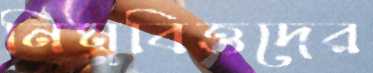
নিম্নবিত্তদের